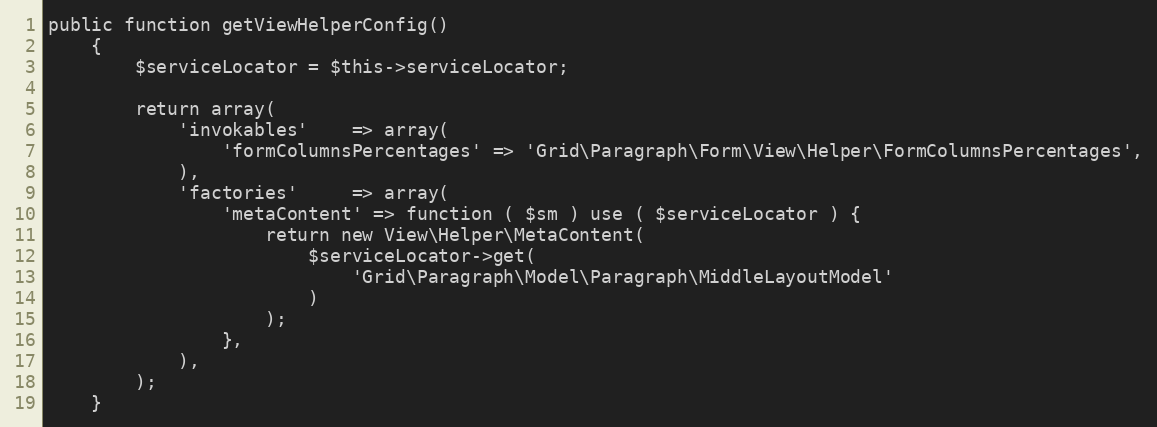
Language: PHP
public function getViewHelperConfig()
    {
        $serviceLocator = $this->serviceLocator;

        return array(
            'invokables'    => array(
                'formColumnsPercentages' => 'Grid\Paragraph\Form\View\Helper\FormColumnsPercentages',
            ),
            'factories'     => array(
                'metaContent' => function ( $sm ) use ( $serviceLocator ) {
                    return new View\Helper\MetaContent(
                        $serviceLocator->get(
                            'Grid\Paragraph\Model\Paragraph\MiddleLayoutModel'
                        )
                    );
                },
            ),
        );
    }